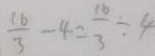
\frac { 1 6 } { 3 } - 4 = \frac { 1 6 } { 3 } \div 4